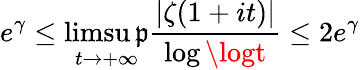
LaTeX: e^{\gamma}\leq\operatorname*{limsu\mathfrak{p}}_{t\rightarrow+\infty}{\frac{{|\zeta(1+it)|}}{{\log\logt}}}\leq2e^{\gamma}